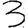
Digit: 3